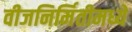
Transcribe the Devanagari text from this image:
वीजनिर्मितीमध्ये